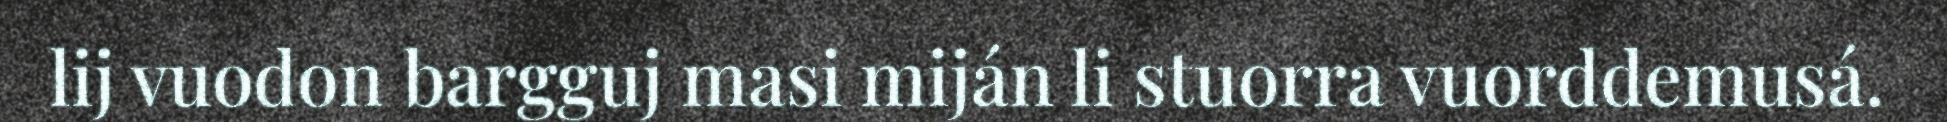
lij vuodon bargguj masi miján li stuorra vuorddemusá.